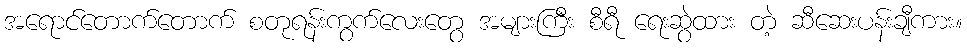
အရောင်တောက်တောက် စတုရန်းကွက်လေးတွေ အများကြီး စီရီ ရေးဆွဲထား တဲ့ ဆီဆေးပန်းချီကား။